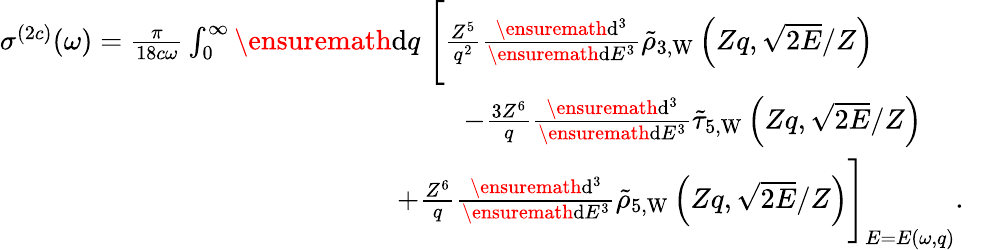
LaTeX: \begin{array}{r}{\sigma^{(2c)}(\omega)=\frac{\pi}{18c\omega}\int_{0}^{\infty}\ensuremath{\mathrm{d}}q\; \Biggl[\frac{Z^{5}}{q^{2}}\frac{\ensuremath{\mathrm{d}}^{3}}{\ensuremath{\mathrm{d}}E^{3}}\tilde{\rho}_{3,\mathrm{W}}\left(Zq,\sqrt{2E}/Z\right)\phantom{xxxxxxxx}}\\ {-\frac{3Z^{6}}{q}\frac{\ensuremath{\mathrm{d}}^{3}}{\ensuremath{\mathrm{d}}E^{3}}\tilde{\tau}_{5,\mathrm{W}}\left(Zq,\sqrt{2E}/Z\right)\phantom{xxxxx}}\\ {+\frac{Z^{6}}{q}\frac{\ensuremath{\mathrm{d}}^{3}}{\ensuremath{\mathrm{d}}E^{3}}\tilde{\rho}_{5,\mathrm{W}}\left(Zq,\sqrt{2E}/Z\right)\Biggl]_{E=E(\omega,q)}.\; \; \; \; \; }\end{array}